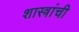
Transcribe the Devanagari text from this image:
शास्त्रांची